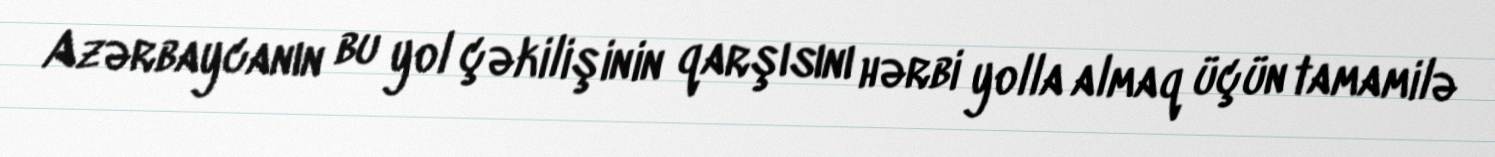
Azərbaycanın bu yol çəkilişinin qarşısını hərbi yolla almaq üçün tamamilə